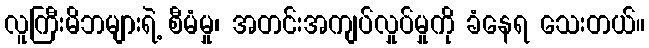
လူကြီးမိဘများရဲ့ စီမံမှု၊ အတင်းအကျပ်လှုပ်မှုကို ခံနေရ သေးတယ်။